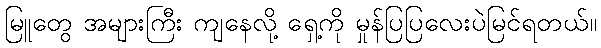
မြူတွေ အများကြီး ကျနေလို့ ရှေ့ကို မှုန်ပြပြလေးပဲမြင်ရတယ်။